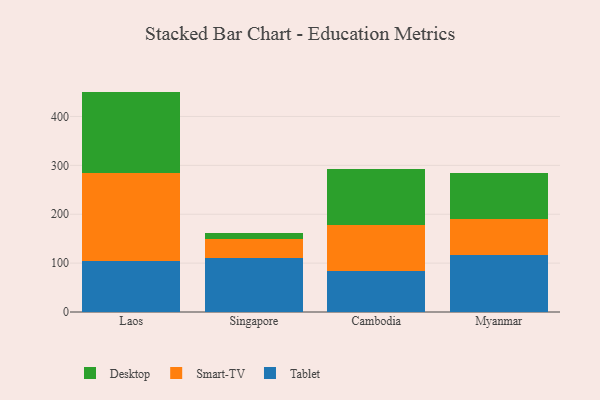
{"axis": {"x": "Country", "y": "Waste Production (Tons)"}, "legend": ["Desktop", "Smart-TV", "Tablet"], "data": [{"x": "Laos", "y": 104.7, "type": "Tablet"}, {"x": "Laos", "y": 178.8, "type": "Smart-TV"}, {"x": "Laos", "y": 167.4, "type": "Desktop"}, {"x": "Singapore", "y": 110.3, "type": "Tablet"}, {"x": "Singapore", "y": 38.3, "type": "Smart-TV"}, {"x": "Singapore", "y": 12.6, "type": "Desktop"}, {"x": "Cambodia", "y": 83.3, "type": "Tablet"}, {"x": "Cambodia", "y": 95.1, "type": "Smart-TV"}, {"x": "Cambodia", "y": 113.6, "type": "Desktop"}, {"x": "Myanmar", "y": 115.7, "type": "Tablet"}, {"x": "Myanmar", "y": 73.8, "type": "Smart-TV"}, {"x": "Myanmar", "y": 95.2, "type": "Desktop"}]}